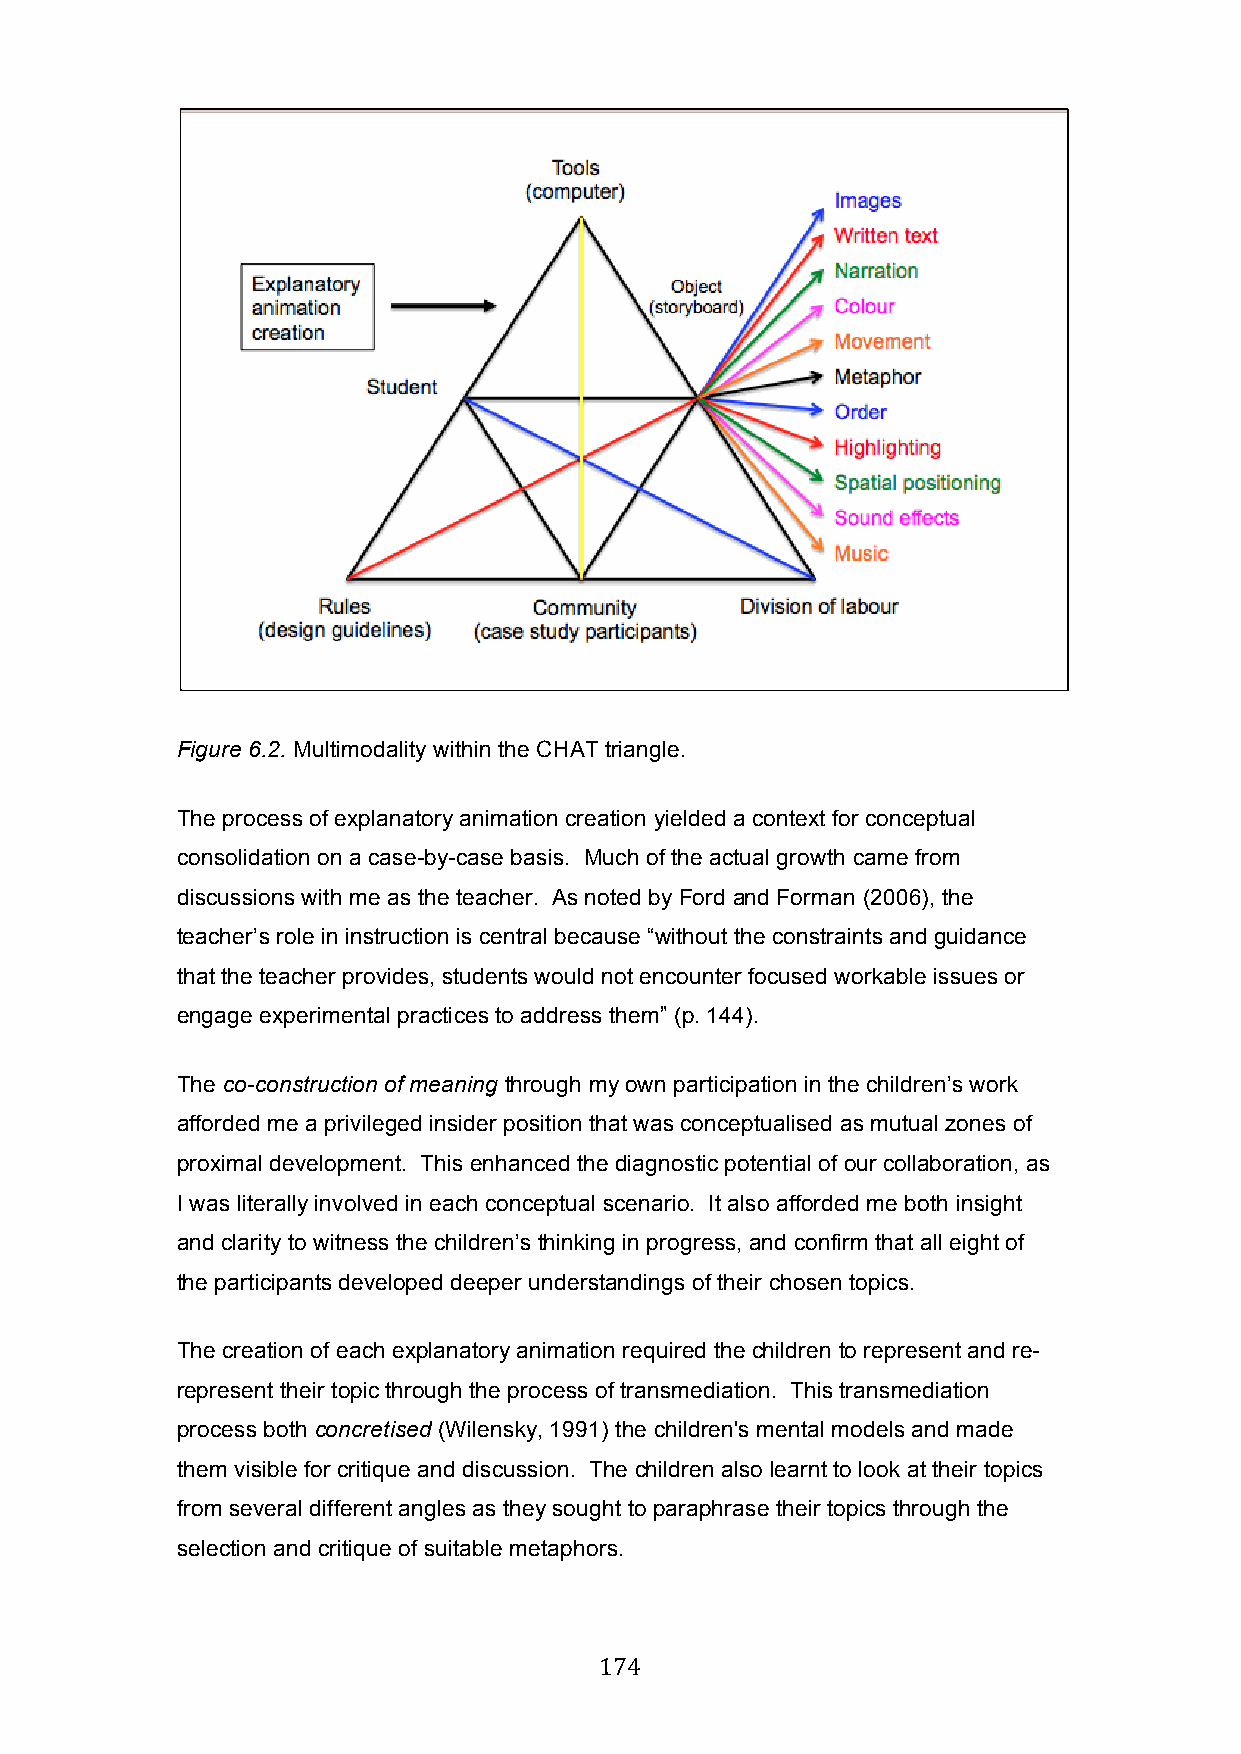
Figure 6.2. Multimodality within the CHAT triangle.
 The process of explanatory animation creation yielded a context for conceptual
 consolidation on a case-by-case basis. Much of the actual growth came from
 discussions with me as the teacher. As noted by Ford and Forman (2006), the
 teacher’s role in instruction is central because “without the constraints and guidance
 that the teacher provides, students would not encounter focused workable issues or
 engage experimental practices to address them” (p. 144).
 The co-construction of meaning through my own participation in the children’s work
 afforded me a privileged insider position that was conceptualised as mutual zones of
 proximal development. This enhanced the diagnostic potential of our collaboration, as
 I was literally involved in each conceptual scenario. It also afforded me both insight
 and clarity to witness the children’s thinking in progress, and confirm that all eight of
 the participants developed deeper understandings of their chosen topics.
 The creation of each explanatory animation required the children to represent and re-
 represent their topic through the process of transmediation. This transmediation
 process both concretised (Wilensky, 1991) the children's mental models and made
 them visible for critique and discussion. The children also learnt to look at their topics
 from several different angles as they sought to paraphrase their topics through the
 selection and critique of suitable metaphors.
 174